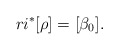
\begin{align*}r i^{*}[\rho] = [\beta_{0}].\end{align*}